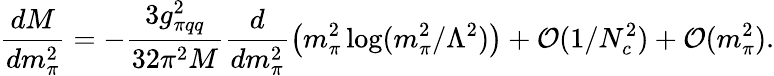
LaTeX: \frac{dM}{dm_{\pi}^{2}}=-\frac{3g_{\pi qq}^{2}}{32\pi^{2}M}\frac{d}{dm_{\pi}^{2}}\left(m_{\pi}^{2}\log(m_{\pi}^{2}/\Lambda^{2})\right)+{\cal O}(1/N_{c}^{2})+{\cal O}(m_{\pi}^{2}).